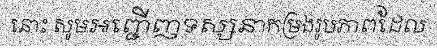
នោះ សូមអញ្ជើញទស្សនាកម្រងរូបភាពដែល